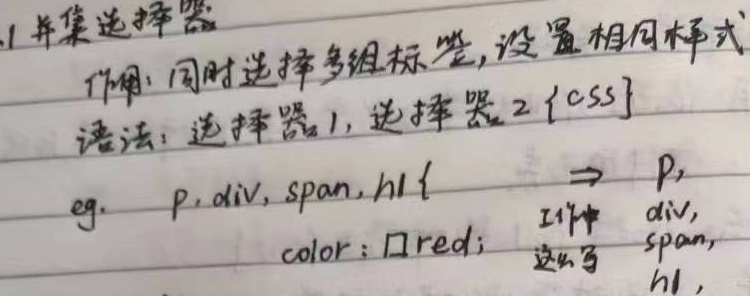
1. 并集选择器作用：同时选择多组标签，设置相同样式。
语法：选择器1, 选择器2 {css}
eg.  \(p, div, span, h1 \{    color: red;\}\)
工作中这么写：\(p, div, span, h1,\)